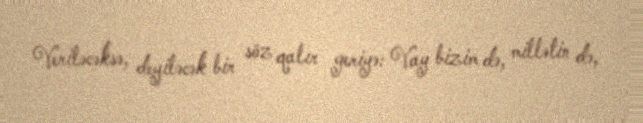
Veriləcəksə, deyiləcək bir söz qalır geriyə: Vay bizim də, millətin də,